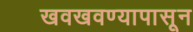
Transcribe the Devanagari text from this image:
खवखवण्यापासून